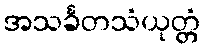
အသင်္ခတသံယုတ္တံ